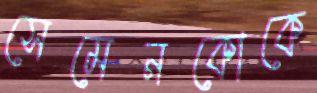
সেমেনকোকে